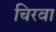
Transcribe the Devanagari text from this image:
चिरवा